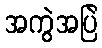
အကွဲအပြဲ